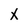
Character: X